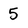
Character: 5